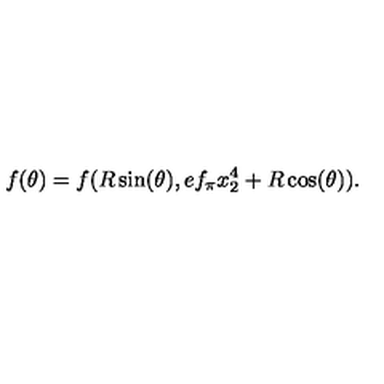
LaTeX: f ( \theta ) = f ( R \sin ( \theta ) , e f _ { \pi } x _ { 2 } ^ { 4 } + R \cos ( \theta ) ) .